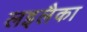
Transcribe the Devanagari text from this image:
लइलैका